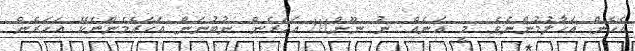
އެހެން އަހާލުމުންނެވެ. މީ އަނެއް. ނު ނޫން!!! އަހަރެން ނުބުނަން އަހަރެމެންނެކޭ އަހަރެން